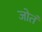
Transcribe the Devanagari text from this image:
जोतं